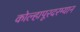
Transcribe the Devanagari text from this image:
कोल्हापूरदरम्यान